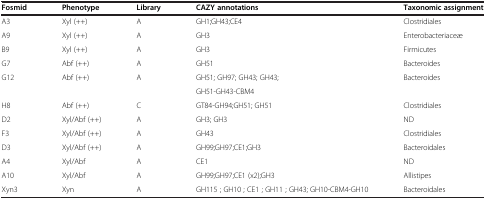
| Fosmid | Phenotype | Library | CAZY annotations | Taxonomic assignment |
 | --- | --- | --- | --- | --- |
 | A3 | Xyl (++) | A | GH1;GH43;CE4 | Clostridiales |
 | A9 | Xyl (++) | A | GH3 | Enterobacteriaceæ |
 | B9 | Xyl (++) | A | GH3 | Firmicutes |
 | G7 | Abf (++) | A | GH51 | Bacteroides |
 | <ROWSPAN=2> G12 | <ROWSPAN=2> Abf (++) | <ROWSPAN=2> A | GH51; GH97; GH43; GH43; | <ROWSPAN=2> Bacteroides |
 | GH51-GH43-CBM4 |
 | H8 | Abf (++) | C | GT84-GH94;GH51; GH51 | Clostridiales |
 | D2 | Xyl/Abf (++) | A | GH3; GH3 | ND |
 | F3 | Xyl/Abf (++) | A | GH43 | Clostridiales |
 | D3 | Xyl/Abf (++) | A | GH99;GH97;CE1;GH3 | Bacteroidales |
 | A4 | Xyl/Abf | A | CE1 | ND |
 | A10 | Xyl/Abf | A | GH99;GH97;CE1 (x2);GH3 | Allistipes |
 | Xyn3 | Xyn | A | GH115 ; GH10 ; CE1 ; GH11 ; GH43; GH10-CBM4-GH10 | Bacteroidales |